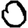
Digit: 0